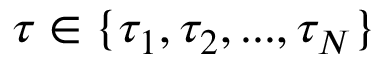
\tau \in \{ \tau _ { 1 } , \tau _ { 2 } , . . . , \tau _ { N } \}